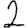
Digit: 2